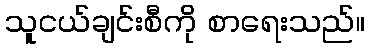
သူငယ်ချင်းစီကို စာရေးသည်။